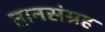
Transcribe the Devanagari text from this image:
तानसंग्रह